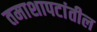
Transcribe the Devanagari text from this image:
तमाशापटांतील